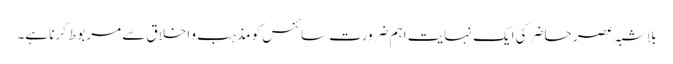
بِلاشبہ عصر حاضر کی ایک نہایت اہم ضرورت سائنس کو مذہب و اخلاق سے مربوط کرنا ہے۔